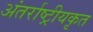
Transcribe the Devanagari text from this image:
अंतर्राष्ट्रीयकृत